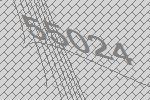
55024